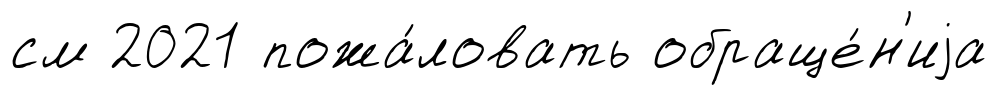
см 2021 пожа́ловать обраще́н'иjа